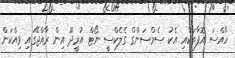
ހާއްސަ އޮފާތަކާއި އެކު ސެމްސަންގް ގެލެކްސީ ނޯޓް އުރީދޫ އިން ރާއްޖޭގައި ވިއްކަން